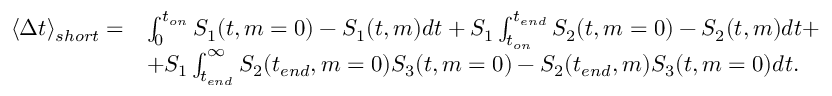
\begin{array} { r l } { \langle \Delta t \rangle _ { s h o r t } = } & { \int _ { 0 } ^ { t _ { o n } } S _ { 1 } ( t , m = 0 ) - S _ { 1 } ( t , m ) d t + S _ { 1 } \int _ { t _ { o n } } ^ { t _ { e n d } } S _ { 2 } ( t , m = 0 ) - S _ { 2 } ( t , m ) d t + } \\ & { + S _ { 1 } \int _ { t _ { e n d } } ^ { \infty } S _ { 2 } ( t _ { e n d } , m = 0 ) S _ { 3 } ( t , m = 0 ) - S _ { 2 } ( t _ { e n d } , m ) S _ { 3 } ( t , m = 0 ) d t . } \end{array}